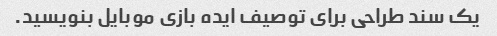
یک سند طراحی برای توصیف ایده بازی موبایل بنویسید.